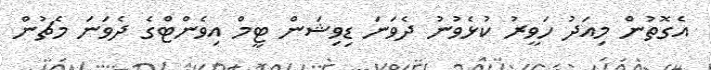
އެގޮތުން މިއަދު ހަވީރު ކުޅެވުނު ދެވަނަ ޑިވިޝަން ޓީމް އިވެންޓްގެ ދެވަނަ މެޗުން